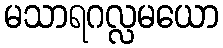
မသာရဂလ္လမယော